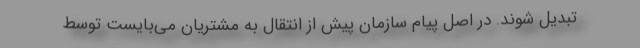
تبدیل شوند. در اصل پیام سازمان پیش از انتقال به مشتریان می‌بایست توسط